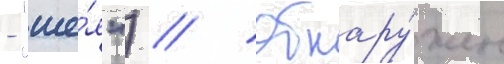
- "ше́я") // Обнару́жен